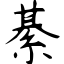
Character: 綦